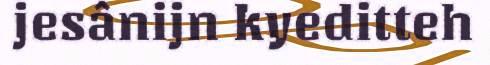
jesânijn kyeditteh